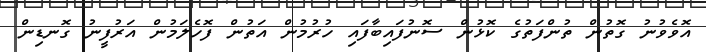
އޮވެވުނު ގޮތުން ތުންފަތުގެ ކޮޅުން ސޮނުފައިބާފައި ހުރުމުން އަތުން ފޮހެލަމުން އަރުފީނު ގޮނޑިން